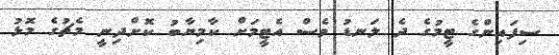
ސިފައިންގެ ޓީމުގެ ދެ ލަނޑު ވެސް އެޓީމަށް ކާމިޔާބު ކޮށްދިނީ މެޗުގެ މޮޅު